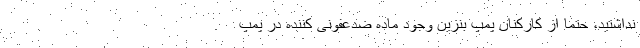
نداشتید، حتما از کارکنان پمپ بنزین وجود ماده ضدعفونی کننده در پمپ